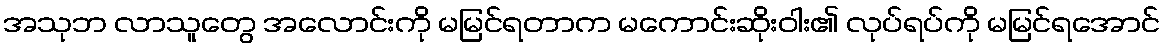
အသုဘ လာသူတွေ အလောင်းကို မမြင်ရတာက မကောင်းဆိုးဝါး၏ လုပ်ရပ်ကို မမြင်ရအောင်